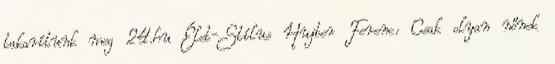
takarítunk meg 24.hu Élet-Stílus Hujber Ferenc: Csak olyan nőnek